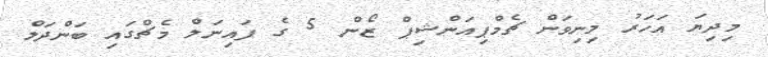
މިދިޔަ އަހަރު މިނިވަން ޗެމްޕިއަންޝިޕް ޒޯން 5 ގެ ފައިނަލް މެޗްގައި ބަންދަލް